Report of the Municipal Commissioner on the plague in Bombay for the year ending 31st May... - Volume 1
Disease focus: Plague
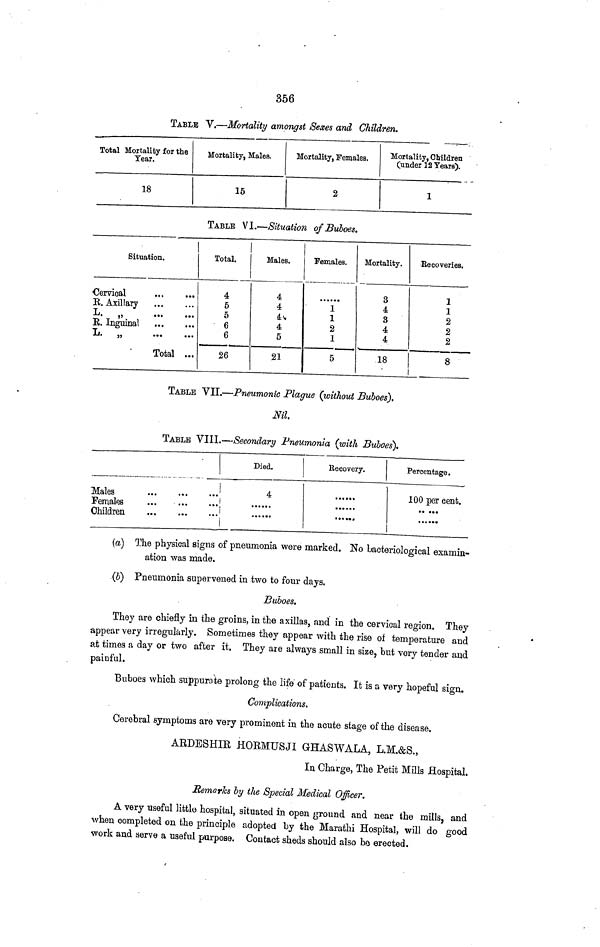
356
TABLE V.—Mortality amongst Sexes and Children,
Total Mortality for the
Year.
18
Mortality, Males.
15
Mortality, Females.
2
Mortality, Children
(under 12 Years).
1
TABLE VI.—Situation of Buboes.
Situation.
Cervical
B. Axillary
L. „
E. Inguinal
L. „
Total ...
Total.
4
5
o
6
6
26
Males.
4
4
4
4
5
21
Females.
1
1
2
1
5
Mortality.
3
4
3
4
4
18
Recoveries.
1
1
2
2
2
! 8
TABLE VII.—Pneumonic Plague (without Buboes}.
Nil.
TABLE VIII.—Secondary Pneumonia (with Buboes).
Hales
Females
Children
Died.
4
Recovery.
......
......
Percentage.
100 per cent.
(a] The physical signs of pneumonia were marked. No bacteriological examin-
ation was made.
(6) Pneumonia supervened in two to four days.
Buboes.
They are chiefly in the groins, in the axillas, and in the cervical region. They
appear very irregularly. Sometimes they appear with the rise of temperature and
at times a day or two after it. They are always small in size, but very tender and
painful.
Buboes which suppurate prolong the life of patients. It is a very hopeful sign.
Complications.
Cerebral symptoms are very prominent in the acute stage of the disease.
ARDESHIR HOEMUSJI GHASWALA, L.M.&S.,
In Charge, The Petit Mills Hospital.
Remarks by the Special Medical Officer.
A very useful littlo hospital, situated in open ground and near the mills, and
when completed on the principle adopted by the Marathi Hospital, will do good
work and serve a useful purpose. Contact sheds should also bo erected.